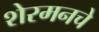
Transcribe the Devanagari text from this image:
शेरमनचे